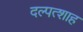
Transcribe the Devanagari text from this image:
दल्पत्शाह